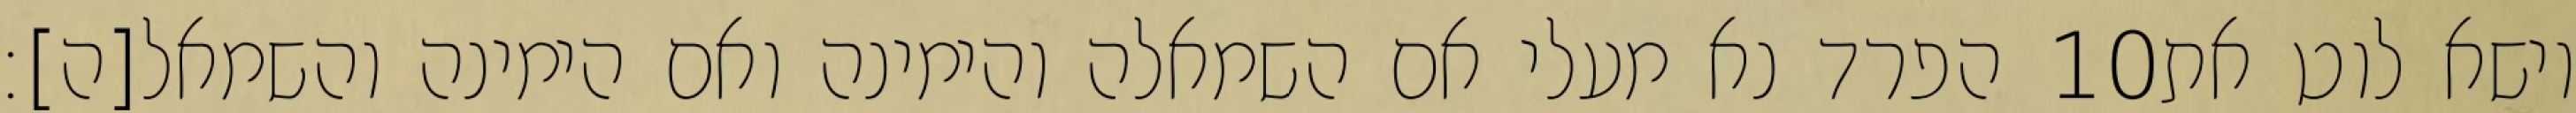
הפרד נא מעלי אם השמאלה והימינה ואם הימינה והשמאל[ה]׃ ‎10‏ וישא לוט את